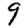
Digit: 9